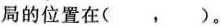
局的位置在( ， )。